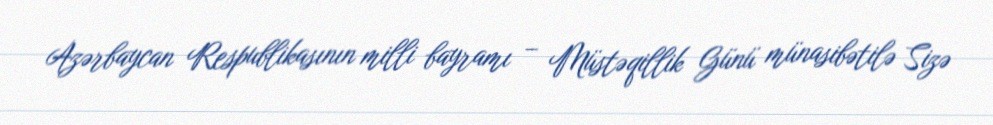
Azərbaycan Respublikasının milli bayramı – Müstəqillik Günü münasibətilə Sizə